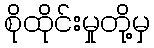
စိုထိုင်းမှုတို့မှ